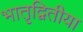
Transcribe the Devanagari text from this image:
भातृद्वितीया